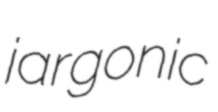
jargonic